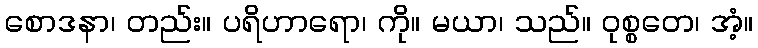
စောဒနာ၊ တည်း။ ပရိဟာရော၊ ကို။ မယာ၊ သည်။ ဝုစ္စတေ၊ အံ့။